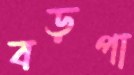
বড়পা